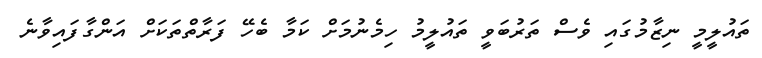
ތައުލީމީ ނިޒާމުގައި ވެސް ތަރުބަވީ ތައުލީމު ހިމެނުމަށް ކަމާ ބެހޭ ފަރާތްތަކަށް އަންގާފައިވާނެ